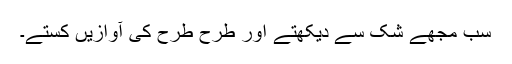
سب مجھے شک سے دیکھتے اور طرح طرح کی آوازیں کستے۔